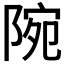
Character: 𨺋